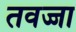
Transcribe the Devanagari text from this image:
तवज्जा